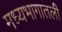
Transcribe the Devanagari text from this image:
मध्यभागातली